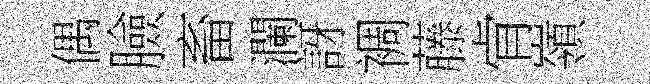
偶臉畜瀾訝裯藤肻嶺